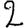
Digit: 2